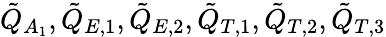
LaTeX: \tilde{Q}_{A_{1}},\tilde{Q}_{E,1},\tilde{Q}_{E,2},\tilde{Q}_{T,1},\tilde{Q}_{T,2},\tilde{Q}_{T,3}